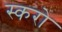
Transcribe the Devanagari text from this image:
स्करो